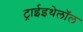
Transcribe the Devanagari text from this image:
ट्राईइथेलॉल